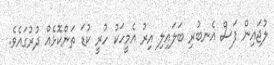
ލުޖައިން ފަސް އެނބުރި ބަލައިލި އިރު އެމީހަކު ހުރީ ކުޑަ ތަންކޮޅެއް ދުރުގައެވެ.